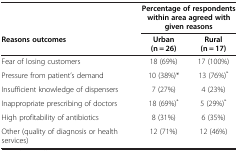
<table><thead><tr><td><b> </b></td><td colspan="2"><b>Percentage of respondents within area agreed with given reasons</b></td></tr><tr><td><b>Reasons outcomes</b></td><td><b>Urban (n = 26)</b></td><td><b>Rural (n = 17)</b></td></tr></thead><tbody><tr><td>Fear of losing customers</td><td>18 (69%)</td><td>17 (100%)</td></tr><tr><td>Pressure from patient’s demand</td><td>10 (38%)*</td><td>13 (76%)<sup>*</sup></td></tr><tr><td>Insufficient knowledge of dispensers</td><td>7 (27%)</td><td>4 (23%)</td></tr><tr><td>Inappropriate prescribing of doctors</td><td>18 (69%)<sup>*</sup></td><td>5 (29%)<sup>*</sup></td></tr><tr><td>High profitability of antibiotics</td><td>8 (31%)</td><td>6 (35%)</td></tr><tr><td>Other (quality of diagnosis or health services)</td><td>12 (71%)</td><td>12 (46%)</td></tr></tbody></table>